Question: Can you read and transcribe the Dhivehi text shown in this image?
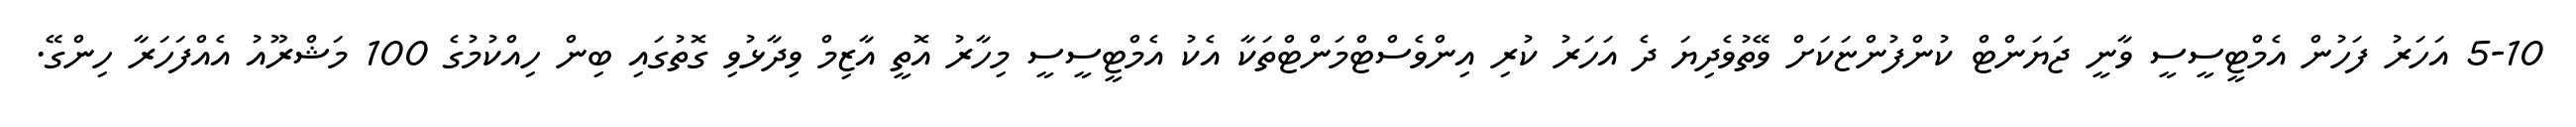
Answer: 5-10 އަހަރު ފަހުން އެމްޓީސީސީ ވާނީ ޖަޔަންޓް ކުންފުންޏަކަށް ވޭތުވެދިޔަ ދެ އަހަރު ކުރި އިންވެސްޓްމަންޓްތަކާ އެކު އެމްޓީސީސީ މިހާރު އޮތީ އާޒިމް ވިދާޅުވި ގޮތުގައި ބިން ހިއްކުމުގެ 100 މަޝްރޫއު އެއްފަހަރާ ހިންގޭ.